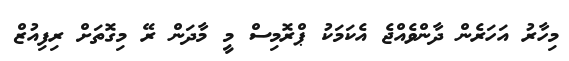
މިހާރު އަހަރެން ދާންވެއްޖެ އެކަމަކު ޕްރޮމިސް މީ މާދަން ރޭ މިގޮތަށް ރިފިއުޒް